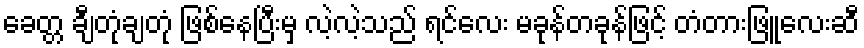
ခေတ္တ ချီတုံချတုံ ဖြစ်နေပြီးမှ လဲ့လဲ့သည် ရင်လေး မခုန်တခုန်ဖြင့် တံတားဖြူလေးဆီ